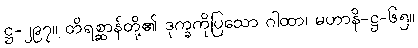
ဋ္ဌ-၂၉၇။ တိရစ္ဆာန်တို့၏ ဒုက္ခကိုပြသော ဂါထာ၊ မဟာနိ-ဋ္ဌ-၆၅။